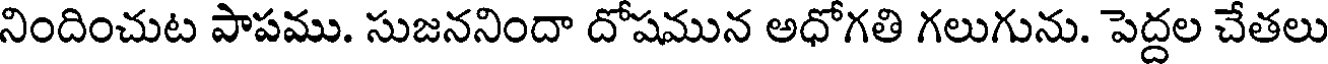
నిందించుట పాపము. సుజననిందా దోషమున అధోగతి గలుగును. పెద్దల చేతలు